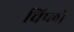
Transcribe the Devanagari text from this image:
चिप्लो